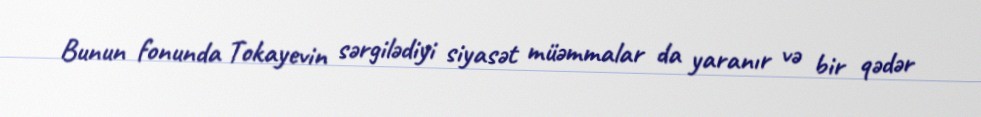
Bunun fonunda Tokayevin sərgilədiyi siyasət müəmmalar da yaranır və bir qədər